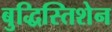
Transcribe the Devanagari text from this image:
बुद्धिस्तिशेन